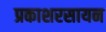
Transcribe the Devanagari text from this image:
प्रकाशरसायन